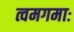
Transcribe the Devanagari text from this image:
त्वमगमाः